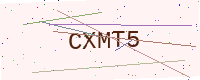
Text: CXMT5